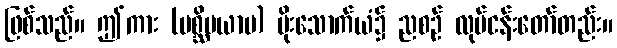
ဖြစ်သည်။ ဤကား (ပစ္ဆိမယာမ) မိုးသောက်ယံ၌ ညစဉ် လုပ်ငန်းတော်တည်း။